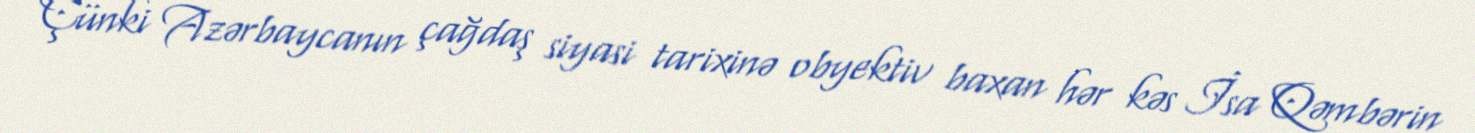
Çünki Azərbaycanın çağdaş siyasi tarixinə obyektiv baxan hər kəs İsa Qəmbərin